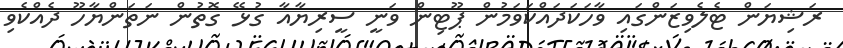
ރަޝިޔަން ޓެލެވިޒަންގައި ވާހަކަދައްކަވަމުން ޕޫޓިން ވަނީ ސީރިޔާއާ ގުޅޭ ގޮތުން ނަތަންޔާހޫ ދެއްކެވި